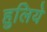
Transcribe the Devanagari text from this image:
हुलिये